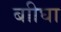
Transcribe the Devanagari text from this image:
बाीघा